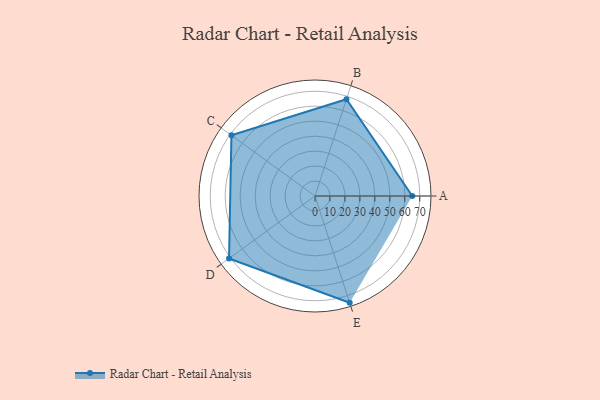
{"axis": {"x": "Skill", "y": "Score"}, "legend": ["Profile"], "data": [{"x": "A", "y": 65.0, "type": "Profile"}, {"x": "B", "y": 68.0, "type": "Profile"}, {"x": "C", "y": 69.0, "type": "Profile"}, {"x": "D", "y": 71.0, "type": "Profile"}, {"x": "E", "y": 75.0, "type": "Profile"}]}